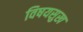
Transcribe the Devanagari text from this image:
विषयसुख